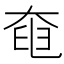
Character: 𡘹